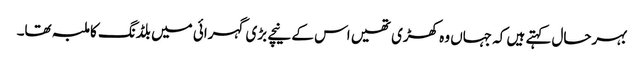
بہرحال کہتے ہیں کہ جہاں وہ کھڑی تھیں اس کے نیچے بڑی گہرائی میں بلڈنگ کا ملبہ تھا۔